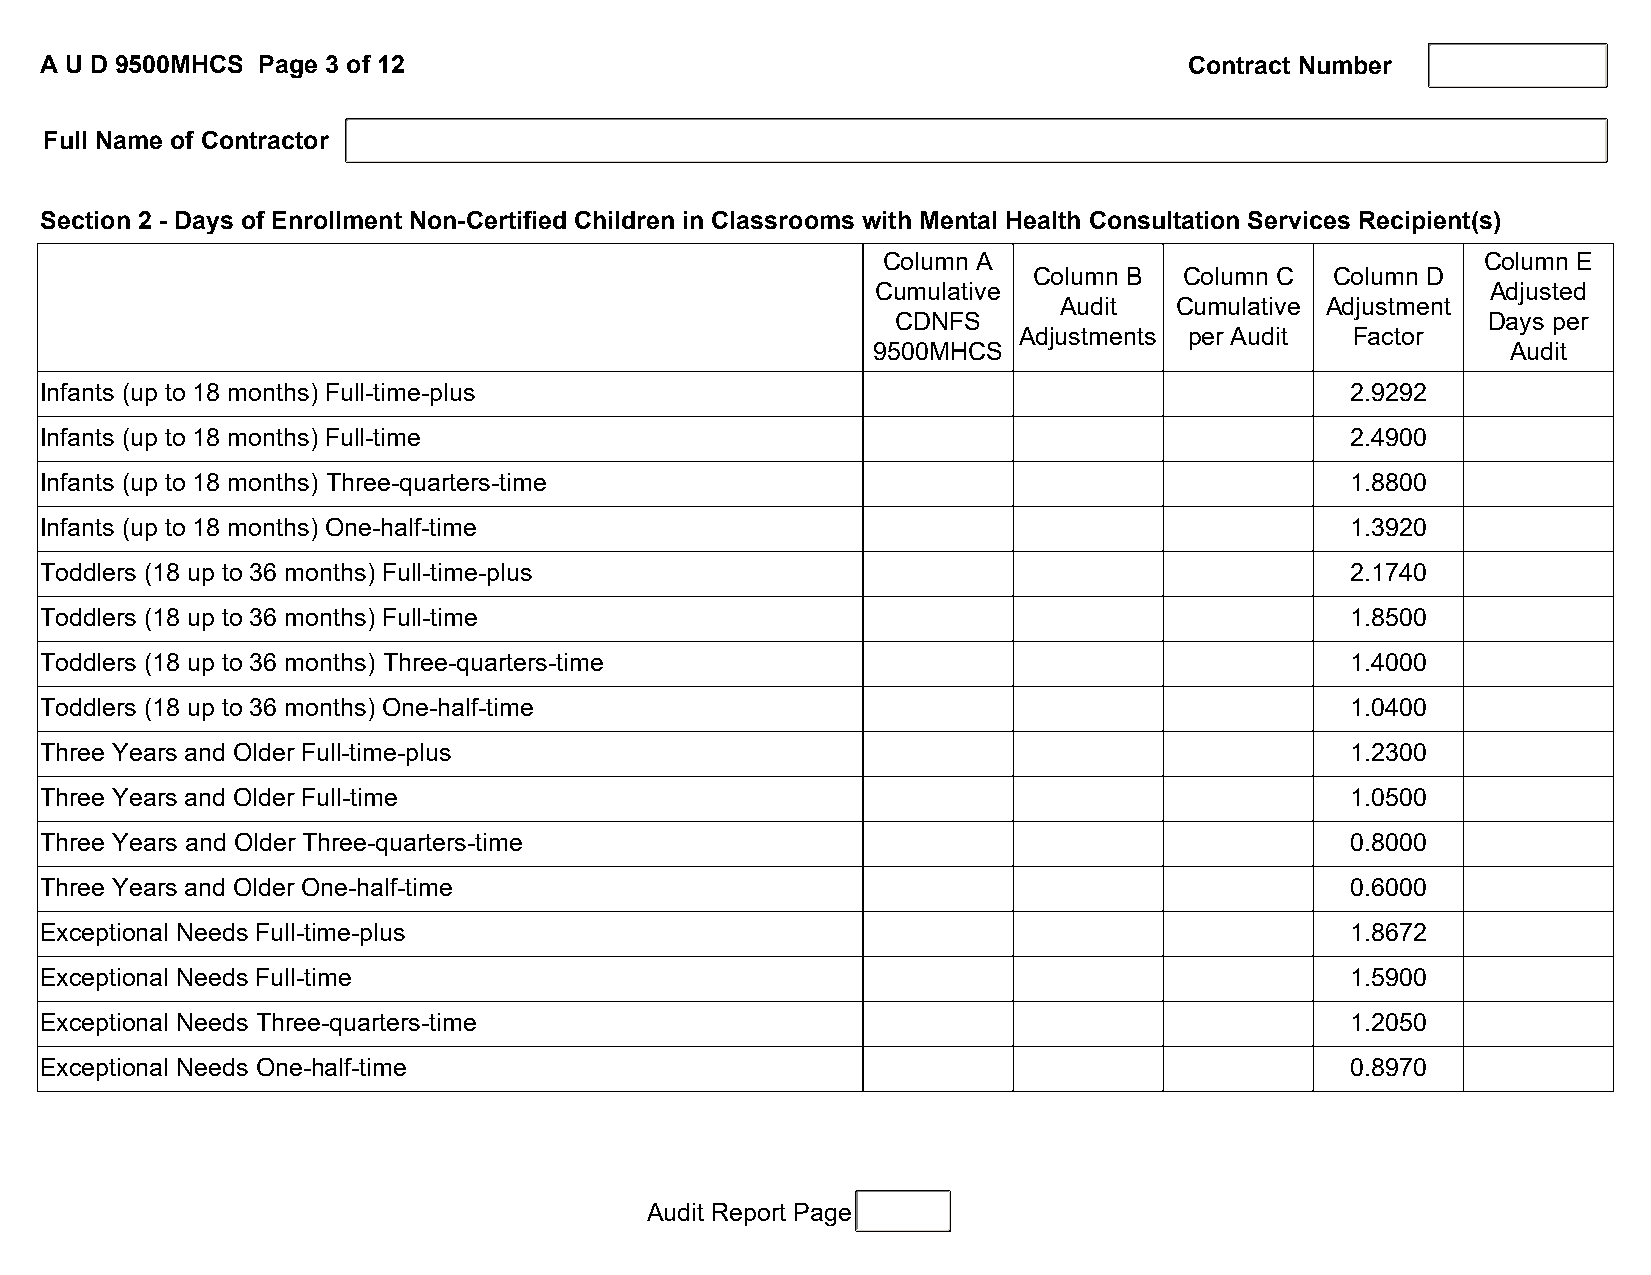
A U D 9500MHCS Page 3 of 12                                                 Contract Number
 Full Name of Contractor
 Section 2 - Days of Enrollment Non-Certified Children in Classrooms with Mental Health Consultation Services Recipient(s)
 Column A                                Column E
 Column B  Column C  Column D
 Cumulative                               Adjusted
 Audit   Cumulative Adjustment
 CDNFS                                  Days per
 Adjustments per Audit  Factor
 9500MHCS                                  Audit
 Infants (up to 18 months) Full-time-plus                                              2.9292
 Infants (up to 18 months) Full-time                                                   2.4900
 Infants (up to 18 months) Three-quarters-time                                         1.8800
 Infants (up to 18 months) One-half-time                                               1.3920
 Toddlers (18 up to 36 months) Full-time-plus                                          2.1740
 Toddlers (18 up to 36 months) Full-time                                               1.8500
 Toddlers (18 up to 36 months) Three-quarters-time                                     1.4000
 Toddlers (18 up to 36 months) One-half-time                                           1.0400
 Three Years and Older Full-time-plus                                                  1.2300
 Three Years and Older Full-time                                                       1.0500
 Three Years and Older Three-quarters-time                                             0.8000
 Three Years and Older One-half-time                                                   0.6000
 Exceptional Needs Full-time-plus                                                      1.8672
 Exceptional Needs Full-time                                                           1.5900
 Exceptional Needs Three-quarters-time                                                 1.2050
 Exceptional Needs One-half-time                                                       0.8970
 Audit Report Page